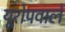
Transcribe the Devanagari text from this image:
यूरोपवाले